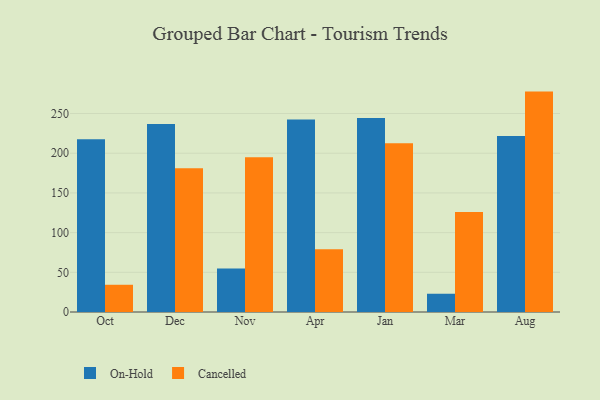
{"axis": {"x": "Month", "y": "Bounce Rate (%)"}, "legend": ["Cancelled", "On-Hold"], "data": [{"x": "Oct", "y": 217.5, "type": "On-Hold"}, {"x": "Oct", "y": 34.3, "type": "Cancelled"}, {"x": "Dec", "y": 236.9, "type": "On-Hold"}, {"x": "Dec", "y": 181.1, "type": "Cancelled"}, {"x": "Nov", "y": 54.7, "type": "On-Hold"}, {"x": "Nov", "y": 194.9, "type": "Cancelled"}, {"x": "Apr", "y": 242.5, "type": "On-Hold"}, {"x": "Apr", "y": 78.9, "type": "Cancelled"}, {"x": "Jan", "y": 244.4, "type": "On-Hold"}, {"x": "Jan", "y": 212.7, "type": "Cancelled"}, {"x": "Mar", "y": 23.0, "type": "On-Hold"}, {"x": "Mar", "y": 125.8, "type": "Cancelled"}, {"x": "Aug", "y": 221.7, "type": "On-Hold"}, {"x": "Aug", "y": 277.6, "type": "Cancelled"}]}